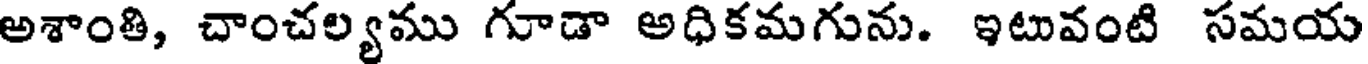
అశాంతి, చాంచల్యము గూడా అధికమగును. ఇటువంటి సమయ